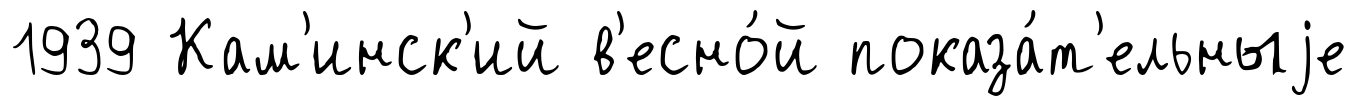
1939 Кам'инск'ий в'есно́й показа́т'ельныjе